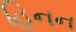
હિનન